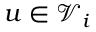
u \in \mathcal { V } _ { i }